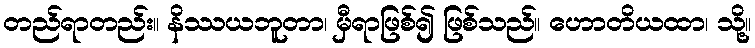
တည်ရာတည်း။ နိဿယဘူတာ၊ မှီရာဖြစ်၍ ဖြစ်သည်။ ဟောတိယထာ၊ သို့။